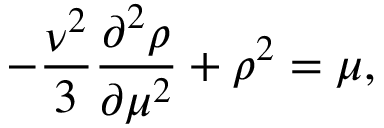
- { \frac { \nu ^ { 2 } } { 3 } } \frac { \partial ^ { 2 } \rho } { \partial \mu ^ { 2 } } + \rho ^ { 2 } = \mu ,